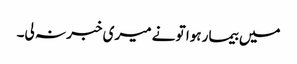
میں بیمار ہوا تو نے میری خبر نہ لی۔